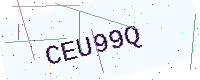
Text: CEU99Q